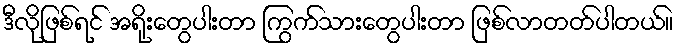
ဒီလိုဖြစ်ရင် အရိုးတွေပါးတာ ကြွက်သားတွေပါးတာ ဖြစ်လာတတ်ပါတယ်။